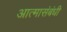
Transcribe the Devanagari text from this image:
आत्मासंबंधी